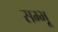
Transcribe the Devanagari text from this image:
सम्भू